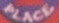
PLACE